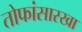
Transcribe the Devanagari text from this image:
तोफांसारखा